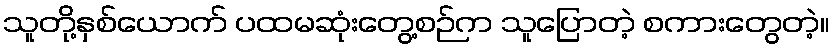
သူတို့နှစ်ယောက် ပထမဆုံးတွေ့စဉ်က သူပြောတဲ့ စကားတွေတဲ့။